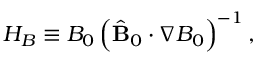
H _ { B } \equiv B _ { 0 } \left( \hat { \bf B } _ { 0 } \cdot \nabla B _ { 0 } \right) ^ { - 1 } ,